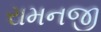
રામનજી